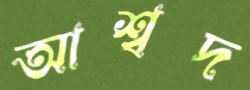
আশ্বদ